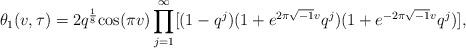
LaTeX: \begin{align*}\theta_1(v,\tau)=2q^{\frac{1}{8}}{\rm cos}(\pi v)\prod_{j=1}^{\infty}[(1-q^j)(1+e^{2\pi\sqrt{-1}v}q^j)(1+e^{-2\pi\sqrt{-1}v}q^j)],\end{align*}